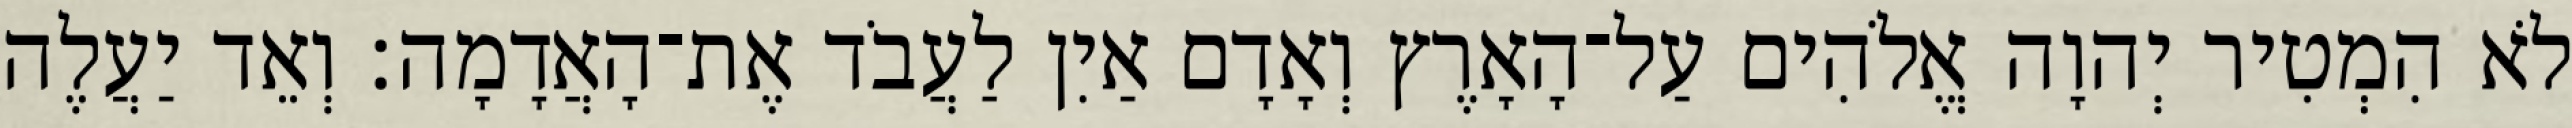
לֹא הִמְטִיר יְהוָה אֱלֹהִים עַל־הָאָרֶץ וְאָדָם אַיִן לַעֲבֹד אֶת־הָאֲדָמָה׃ וְאֵד יַעֲלֶה